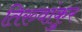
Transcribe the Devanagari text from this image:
तिरुवांकुर